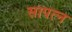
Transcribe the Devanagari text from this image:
सापत्‍न